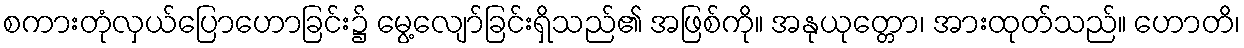
စကားတုံလှယ်ပြောဟောခြင်း၌ မွေ့လျော်ခြင်းရှိသည်၏ အဖြစ်ကို။ အနုယုတ္တော၊ အားထုတ်သည်။ ဟောတိ၊